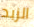
الزبد